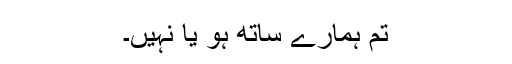
تم ہمارے ساتھ ہو یا نہیں۔